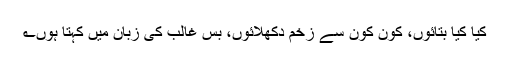
کیا کیا بتائوں، کون کون سے زخم دکھلائوں، بس غالب کی زبان میں کہتا ہوں؎